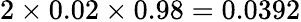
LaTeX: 2\times 0.02\times 0.98=0.0392